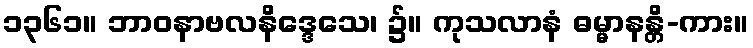
၁၃၆၁။ ဘာဝနာဗလနိဒ္ဒေသေ၊ ၌။ ကုသလာနံ ဓမ္မာနန္တိ-ကား။